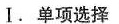
Ⅰ.单项选择